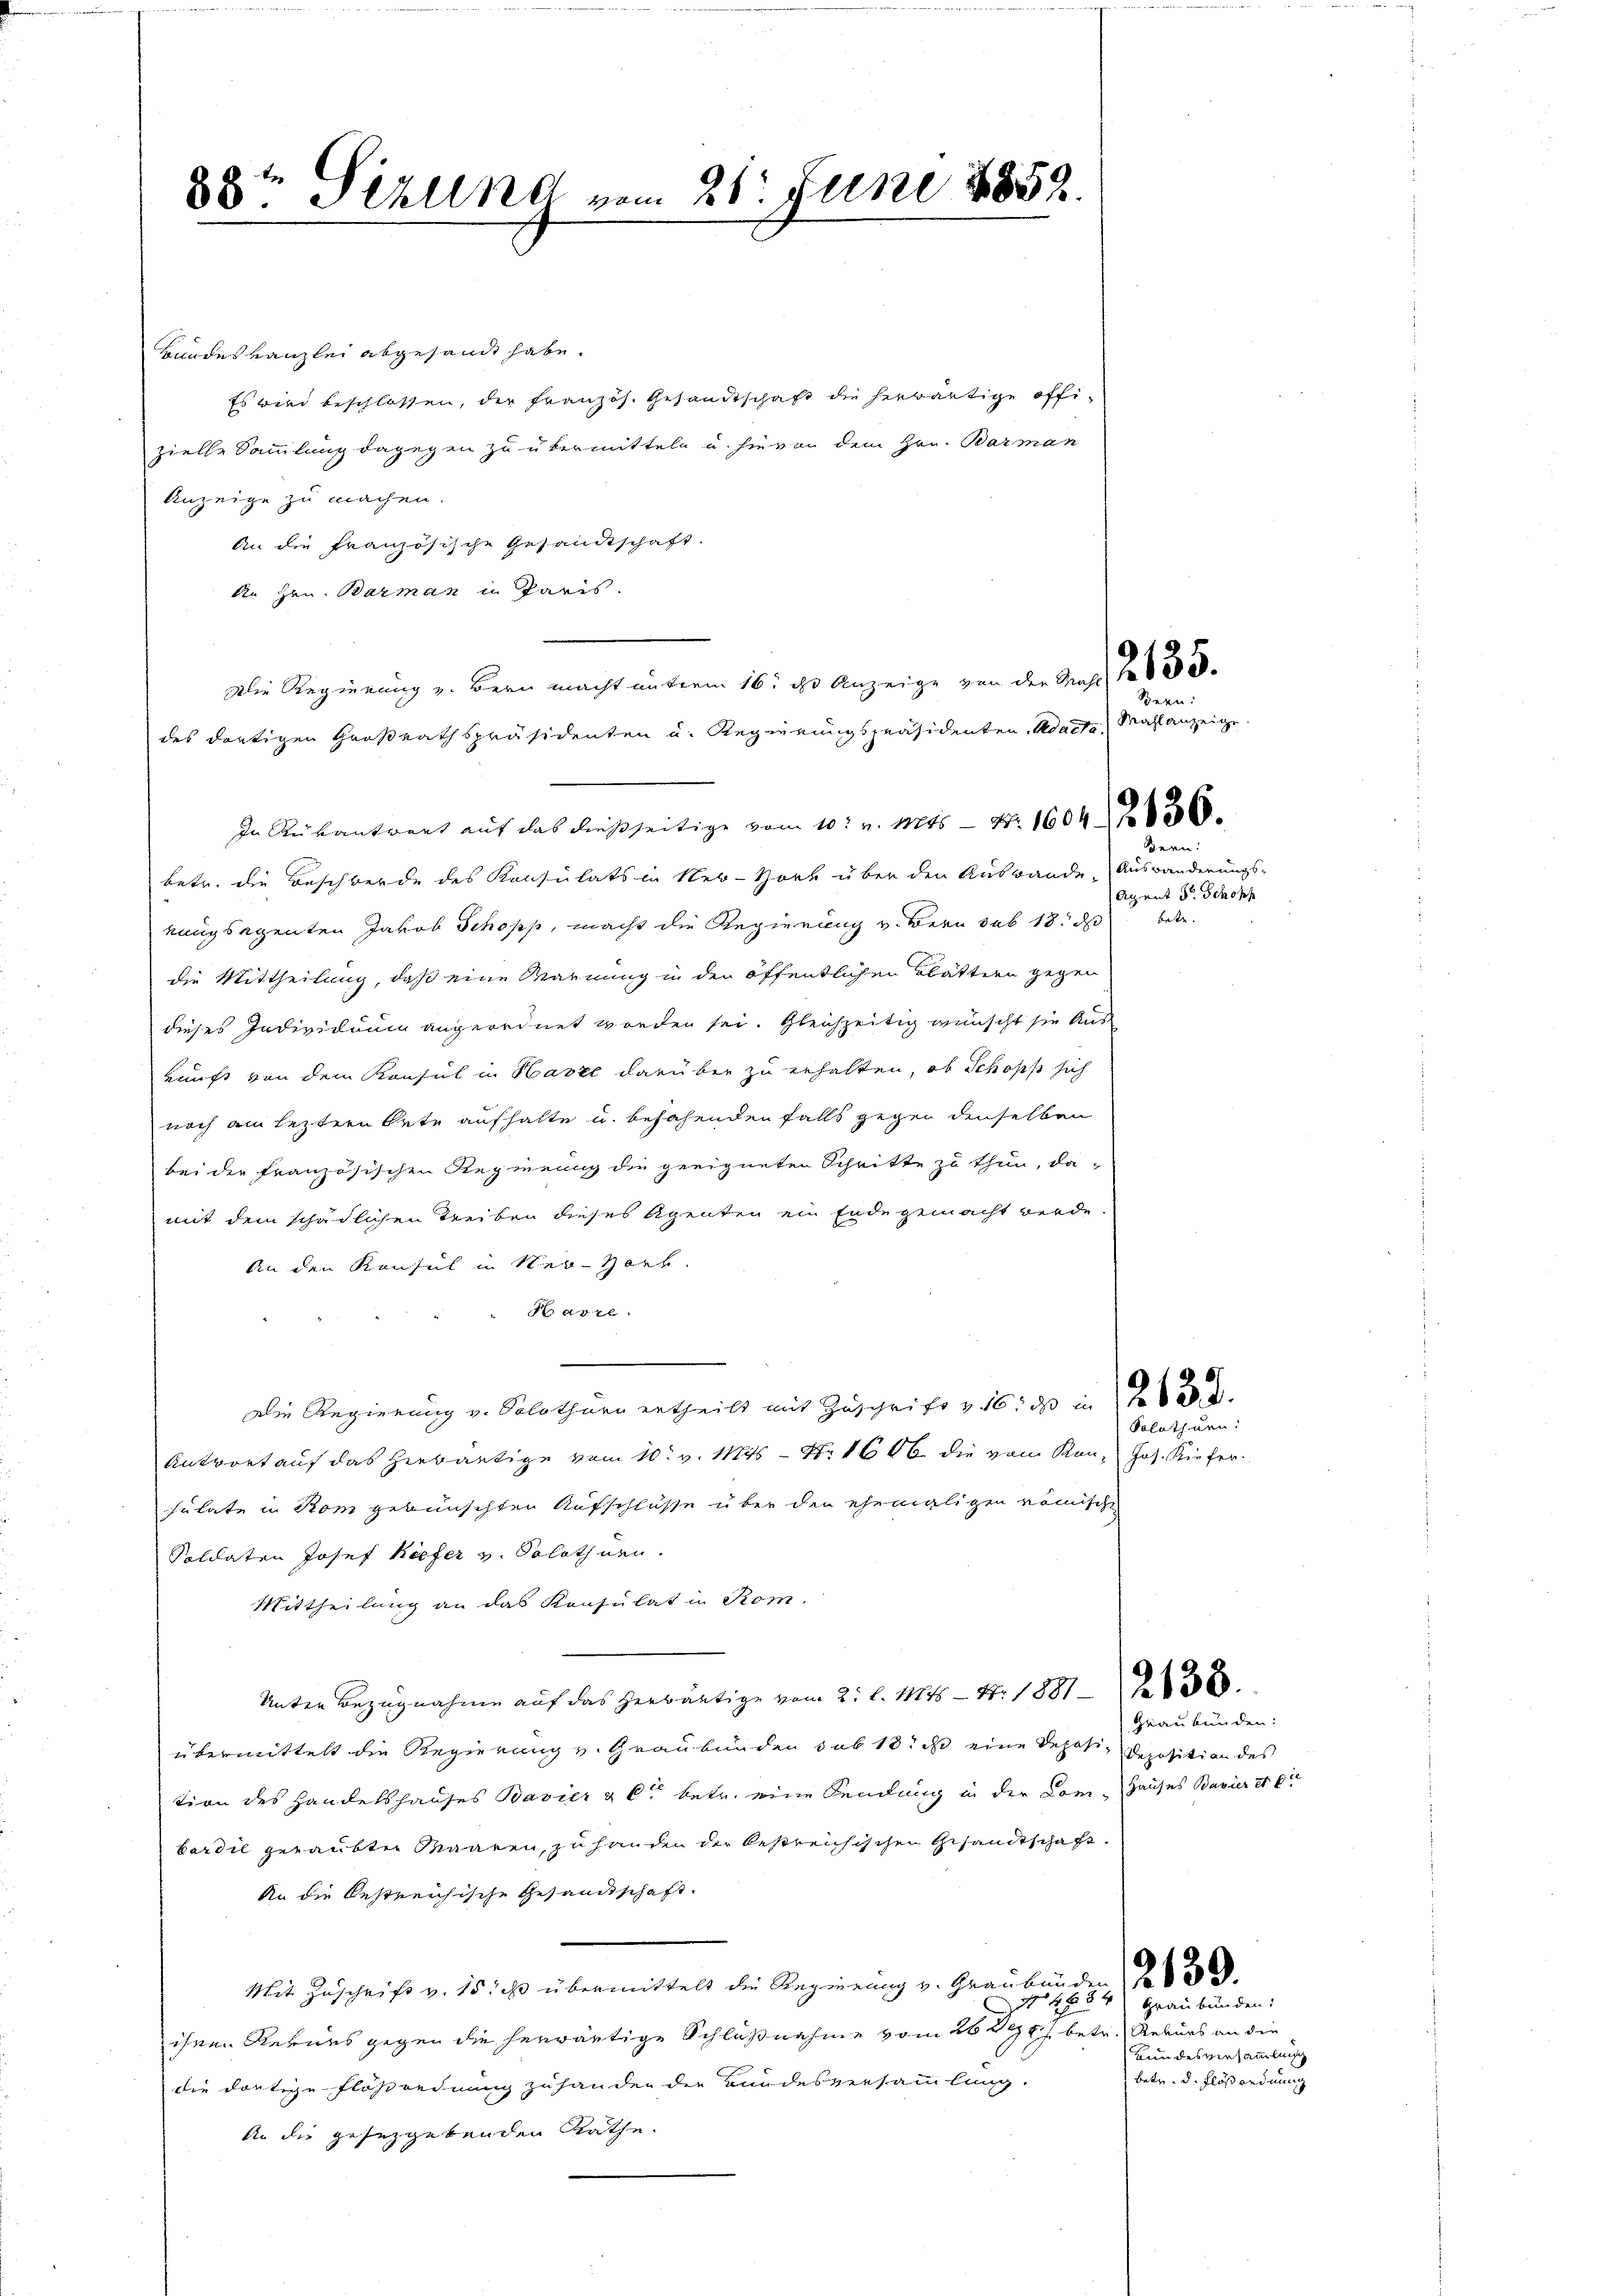
88t Pizlena vom 26. Juni 1859.

Bundeskanzlei abgesandt habe.
Es wird beschlossen, der französ. Gesandtschaft die herwärtige offizielle Sammlung dagegen zu übermitteln u. hievon dem Hrn. Barman
Anzeige zu machen.
An die französische Gesandtschaft.
An Hrn. Barman in Paris.
Die Regierung v. Bern macht unterm 16. ds. Anzeige von der Kraft No 133.
des dortigen Großrathspräsidenten u. Regierungspräsidenten Mache, Mahl anzeige
In Rükantwort auf das dießseitige vom 10. v. Mts. — Nr. 1604 f 0 x
betr. die Beschwerde des Konsulats in Ner-Hort über den Auswande Auswanderungs-
kungsegenten Jakob Schopp, macht die Regierung v. Bern sub 18. ds
die Mittheilung, daß eine Warnung in den öffentlichen Blättern gegen
dieses Individuum angeordnet worden sei. Gleichzeitig wünscht sie Aus
kunft von dem Konsul in Harze darüber zu erhalten, ob Schoss sich
noch am leztere Orte aufhalte u. besahenden falls gegen denselben
bei der französischen Regierung die geeigneten Schritte zu thun, da
mit dem schädlichen Treiben dieses Agenten ein Ende gemacht werde
An den Konsul in Ner-Hart
Narre
.
Die Regierung v. Solothurn ertheilt mit Zuschrift v. 16. ds in 263
Antwort auf das Herbärtige vom 10. v. Mts. — Nr. 1616 die vom Kan- Jos. Kiefer
sulate in Rom gewünschten Aufschlüsse über den ehemaligen römische
Soldaten Josef Kiefer v. Solothurn.
Mittheilung an das Konsulat in Rom.
Unter Bezugnahme auf das herwärtige vom 2. l. 1145 — 11. 1881
übermittelt die Regierung v. Graubünden sub 18 ist eine Deposi, Deposition des
tion des Handelshauses Bavier & C. betr. eine Sendung in der Com-Hauses Bavier et c
bardil geraubten Maaren, zu handen der bestreichischen Gesamtschaft
An die bestreichische Gesandtschaft.
Mit Zuschrift v. 15. ihr übermittelt die Regierung v. Graubünden 23.
27
ihren Kernes gegen die herwärtige Schlußnahme vom 26t 98 betr. Rekurs an die
die dortige Flößordnung zu handen der Bundesversammlung.
in die gesezgebenden Rathe.

Bern:

e
Agent Dr. Schopf
bete.

Solothurn.

Graubünden:

84) Graubünden:
Kundesversammlung
betr. d. Flößordnung